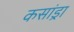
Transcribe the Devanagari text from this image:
कसांड्रा